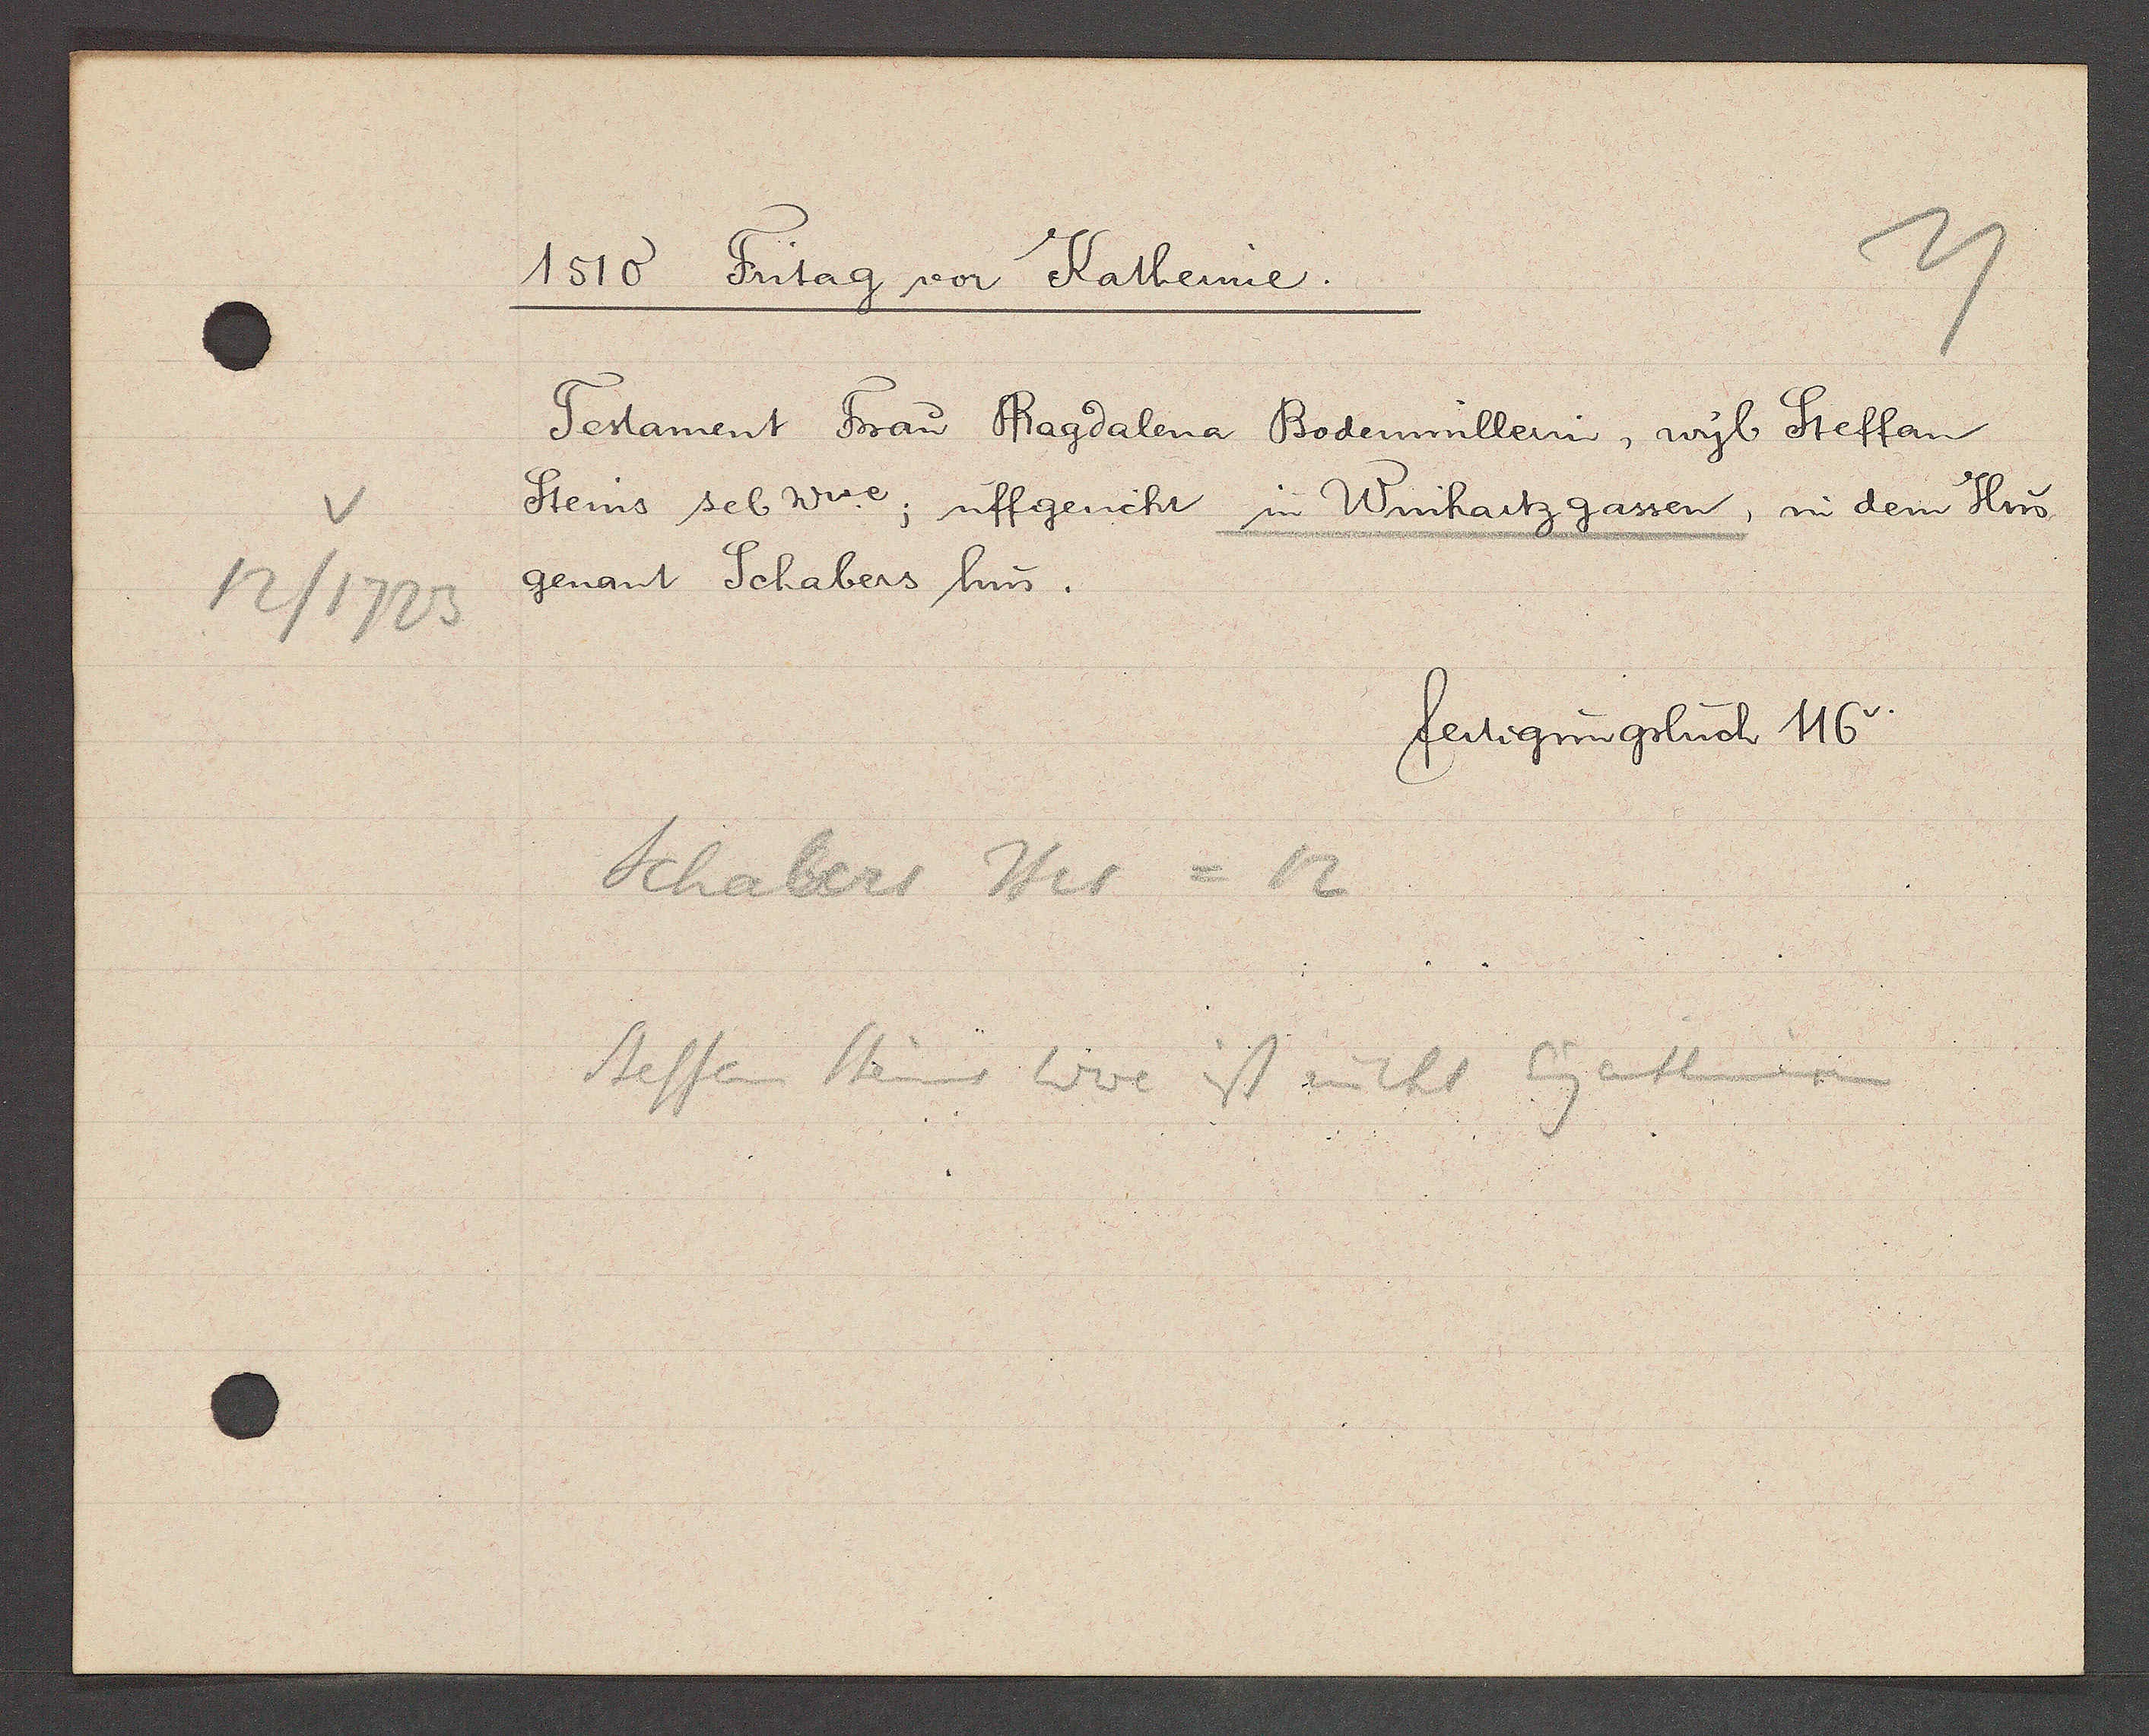
Transcript:
12/1723

1510 Fritag vor Katherine.

Testament Frau Magdalena Bodemüllerin, wyl Steffan
Steins sel. wwe; uffgericht im Winhartzgassen, in dem Hus
genant Schabers hus.

fertigungsbuch 116.

Schabers Hus = 12
Steffen Steins Wwe is nicht Eigenthumerin